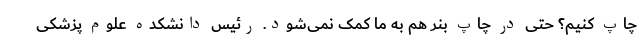
چاپ کنیم؟ حتی در چاپ بنر هم به ما کمک نمی‌شود. رئیس دانشکده علوم پزشکی